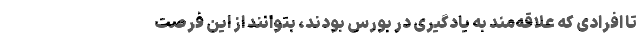
تا افرادی که علاقه‌مند به یادگیری در بورس بودند، بتوانند از این فرصت